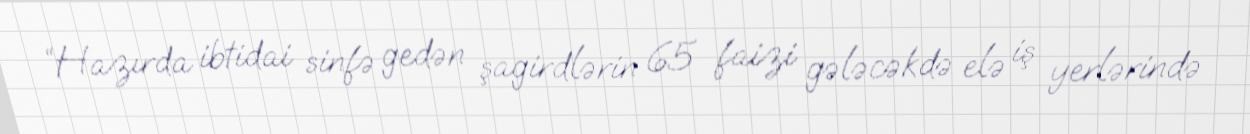
“Hazırda ibtidai sinfə gedən şagirdlərin 65 faizi gələcəkdə elə iş yerlərində